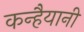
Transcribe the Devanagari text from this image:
कन्हैयानी